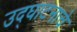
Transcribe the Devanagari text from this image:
उद्‌घाटनाचे